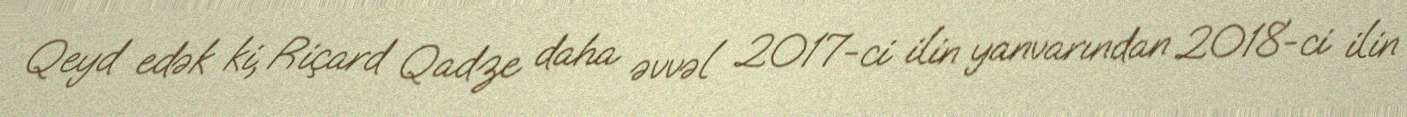
Qeyd edək ki, Riçard Qadze daha əvvəl 2017-ci ilin yanvarından 2018-ci ilin